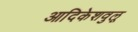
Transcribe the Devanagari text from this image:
आदिकेशवुलू